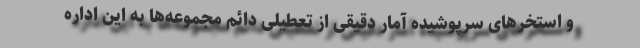
و استخرهای سرپوشیده آمار دقیقی از تعطیلی دائم مجموعه‌ها به این اداره